Civil Veterinary Dept. North-West Frontier Province 1933-46 - 1933-1946
Year: 1933
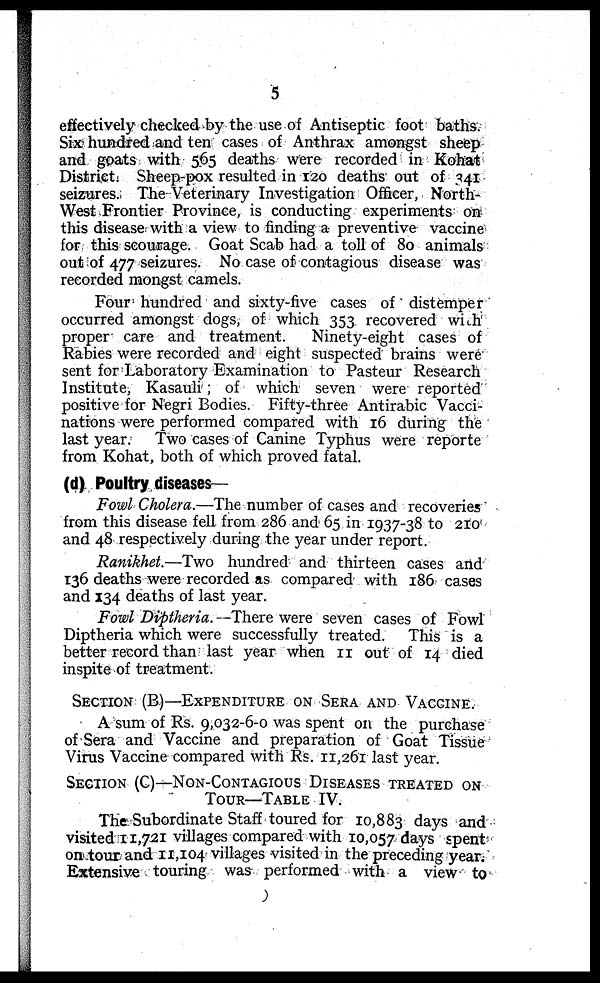
5
effectively checked by the use of Antiseptic foot baths.
Six hundred and ten cases of Anthrax amongst sheep
and goats with 565 deaths were recorded in Kohat
District. Sheep-pox resulted in 120 deaths out of 341
seizures. The Veterinary Investigation Officer, North-
West Frontier Province, is conducting experiments on
this disease with a view to finding a preventive vaccine
for this scourage. Goat Scab had a toll of 80 animals
out of 477 seizures. No case of contagious disease was
recorded mongst camels.
Four hundred and sixty-five cases of distemper
occurred amongst dogs, of which 353 recovered with
proper care and treatment.
Ninety-eight cases of
Rabies were recorded and eight suspected brains were
sent for Laboratory Examination to Pasteur Research
Institute, Kasauli ; of which seven were reported
positive for Negri Bodies. Fifty-three Antirabic Vacci-
nations were performed compared with 16 during the
last year. Two cases of Canine Typhus were reporte
from Kohat, both of which proved fatal.
(d) Poultry diseases—
Fowl Cholera.—The number of cases and recoveries
from this disease fell from 286 and 65 in 1937-38 to 210
and 48 respectively during the year under report.
Ranikhet.—Two hundred and thirteen cases and
136 deaths were recorded as compared with 186 cases
and 134 deaths of last year.
Fowl Diptheria.—There were seven cases of Fowl
Diptheria which were successfully treated. This is a
better record than last year when 11 out of 14 died
inspite of treatment.
SECTION (B)—EXPENDITUER ON SERA AND VACCINE.
A sum of Rs. 9,032-6-0 was spent on the purchase
of Sera and Vaccine and preparation of Goat Tissue
Virus Vaccine compared with Rs. 11,261 last year.
SECTION (C)—NON-CONTAGIOUS DISEASES TREATED ON
TOUR—TABLE IV.
The Subordinate Staff toured for 10,883 days and
visited 11,721 villages compared with 10,057 days spent
on tour and 11,104 villages visited in the preceding year.
Extensive touring was performed with a view to